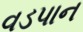
વડપાન